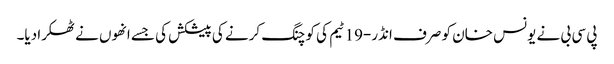
پی سی بی نے یونس خان کو صرف انڈر-19 ٹیم کی کوچنگ کرنے کی پیشکش کی جسے انھوں نے ٹھکرا دیا۔